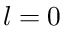
l = 0